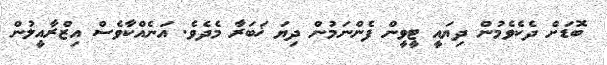
ބޮޑަށް ދެކެވެމުން ދިޔައީ ޓީވީން ފެންނަމުން ދިޔަ ޚަބަރާ މެދެވެ. އަނެއްކާވެސް އިޒްރާއީލުން